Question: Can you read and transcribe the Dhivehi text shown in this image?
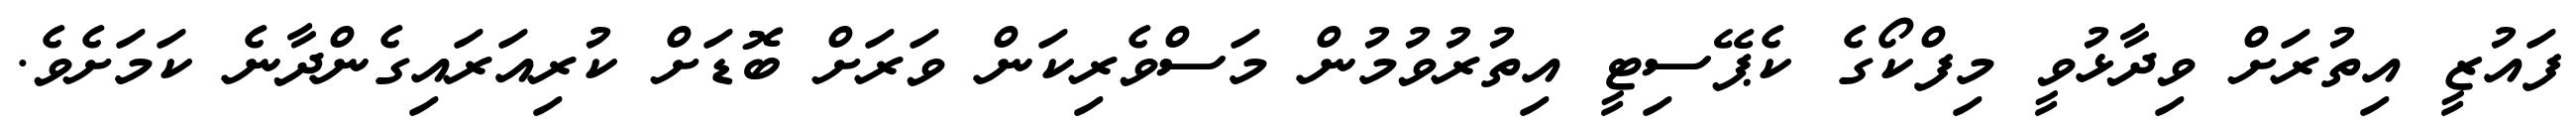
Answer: ފައުޒީ އިތުރަށް ވިދާޅުވީ މިފްކޯގެ ކެޕޭސިޓީ އިތުރުވުމުން މަސްވެރިކަން ވަރަށް ބޮޑަށް ކުރިއަރައިގެންދާނެ ކަމަށެވެ.